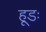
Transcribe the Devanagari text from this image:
हूडः